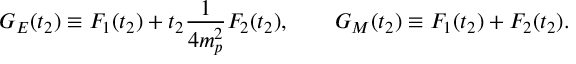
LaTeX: G _ { E } ( t _ { 2 } ) \equiv F _ { 1 } ( t _ { 2 } ) + t _ { 2 } \frac { 1 } { 4 m _ { p } ^ { 2 } } F _ { 2 } ( t _ { 2 } ) , \qquad G _ { M } ( t _ { 2 } ) \equiv F _ { 1 } ( t _ { 2 } ) + F _ { 2 } ( t _ { 2 } ) .